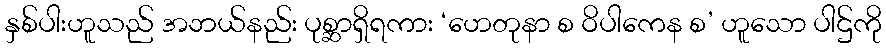
နှစ်ပါးဟူသည် အဘယ်နည်း ပုစ္ဆာရှိရကား ‘ဟေတုနာ စ ဝိပါကေန စ’ ဟူသော ပါဌ်ကို